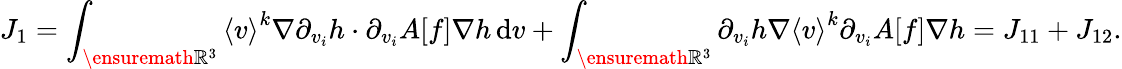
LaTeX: J_{1}=\int_{\ensuremath{{\mathbb R}}^{3}}\left\langle v\right\rangle^{k}\nabla\partial_{v_{i}}h\cdot\partial_{v_{i}}A[f]\nabla h\, \mathrm{d}v+\int_{\ensuremath{{\mathbb R}}^{3}}\partial_{v_{i}}h\nabla\left\langle v\right\rangle^{k}\partial_{v_{i}}A[f]\nabla h=J_{11}+J_{12}.